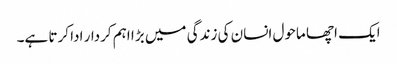
ایک اچھا ماحول انسان کی زندگی میں بڑا اہم کردار ادا کرتا ہے۔